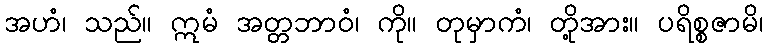
အဟံ၊ သည်။ ဣမံ အတ္တဘာဝံ၊ ကို။ တုမှာကံ၊ တို့အား။ ပရိစ္စဇာမိ၊